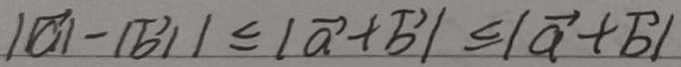
\vert \vert \overrightarrow { a } \vert - \vert \overrightarrow { b } \vert \vert \leq \vert \overrightarrow { a } + \overrightarrow { b } \vert \leq \vert \overrightarrow { a } + \overrightarrow { b } \vert